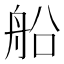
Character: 船